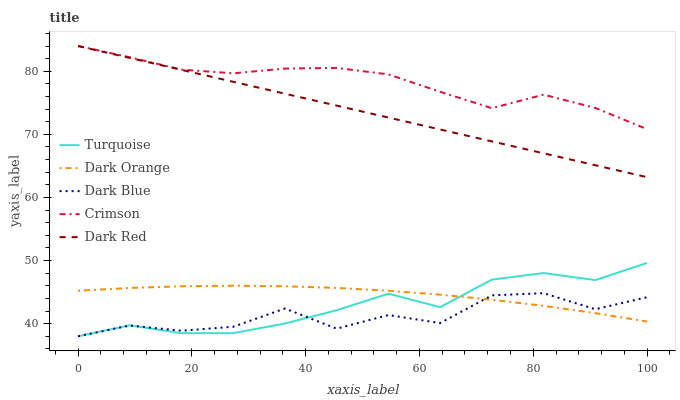
| xaxis_label | Turquoise | Dark Orange | Dark Blue | Crimson | Dark Red |
 | --- | --- | --- | --- | --- | --- |
 | 0 | 38 | 45.2 | 38 | 84 | 84 |
 | 9.09 | 39.7 | 45.7 | 39.7 | 82.2 | 82.1 |
 | 18.2 | 38.5 | 45.9 | 38.9 | 80.3 | 80.2 |
 | 27.3 | 38.5 | 46 | 39.5 | 79.7 | 78.3 |
 | 36.4 | 40 | 45.9 | 42.4 | 80.4 | 76.4 |
 | 45.5 | 42.1 | 45.7 | 39.2 | 80.5 | 74.6 |
 | 54.5 | 44.7 | 45.2 | 41.4 | 79.5 | 72.7 |
 | 63.6 | 42.6 | 44.6 | 40.1 | 76.7 | 70.8 |
 | 72.7 | 47 | 43.8 | 44.5 | 74.1 | 68.9 |
 | 81.8 | 48 | 42.8 | 44.8 | 76.3 | 67 |
 | 90.9 | 46.9 | 41.7 | 42.3 | 74.2 | 65.1 |
 | 100 | 49.6 | 40.3 | 44.2 | 70.8 | 63.2 |